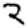
Digit: 2